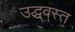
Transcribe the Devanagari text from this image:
उद्धवस्‍त